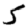
Digit: 5